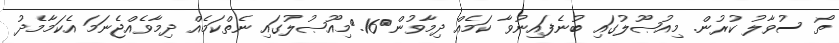
ތޯ ސުވާލު ކުރުން. މިއުޞޫލުގައި ބުނެފައިނުވާ ކަމެއް ދިމާވުން	16.	މިއޫޞުލުގައި ނެތްކަމެއް ދިމާވެއްޖެނަމަ އެކަމާމެދު